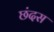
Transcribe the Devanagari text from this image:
छंदस